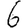
Digit: 6